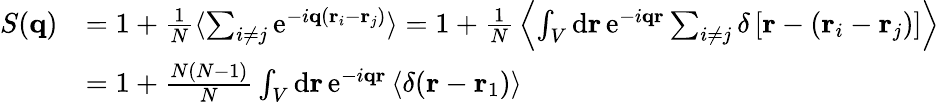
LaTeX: {\begin{array}{rl}{S(\mathbf{q})}&{=1+{\frac{1}{N}}\langle\sum_{i\neq j}\mathrm{e}^{-i\mathbf{q}(\mathbf{r}_{i}-\mathbf{r}_{j})}\rangle=1+{\frac{1}{N}}\left\langle\int_{V}\mathrm{d}\mathbf{r}\, \mathrm{e}^{-i\mathbf{q}\mathbf{r}}\sum_{i\neq j}\delta\left[\mathbf{r}-(\mathbf{r}_{i}-\mathbf{r}_{j})\right]\right\rangle}\\ &{=1+{\frac{N(N-1)}{N}}\int_{V}\mathrm{d}\mathbf{r}\, \mathrm{e}^{-i\mathbf{q}\mathbf{r}}\left\langle\delta(\mathbf{r}-\mathbf{r}_{1})\right\rangle}\end{array}}